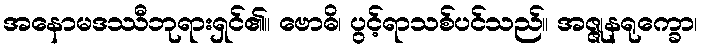
အနောမဒဿီဘုရားရှင်၏။ ဗောဓိ၊ ပွင့်ရာသစ်ပင်သည်။ အဇ္ဇုနရုက္ခော၊